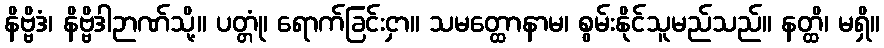
နိဗ္ဗိဒံ၊ နိဗ္ဗိဒါဉာဏ်သို့။ ပတ္တုံ၊ ရောက်ခြင်းငှာ။ သမတ္ထောနာမ၊ စွမ်းနိုင်သူမည်သည်။ နတ္ထိ၊ မရှိ။